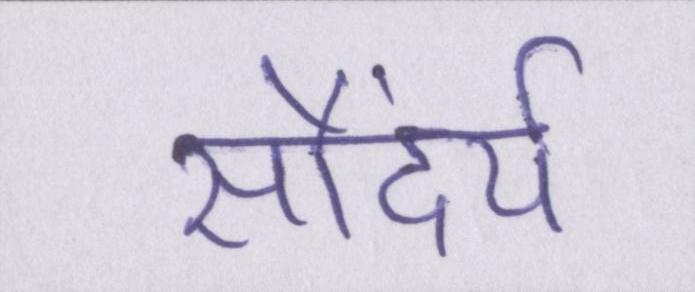
सौंदर्य